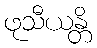
ဖုသီယန္တိ